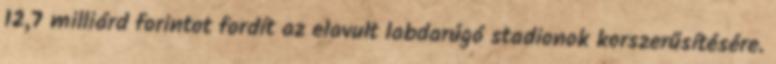
12,7 milliárd forintot fordít az elavult labdarúgó stadionok korszerűsítésére.